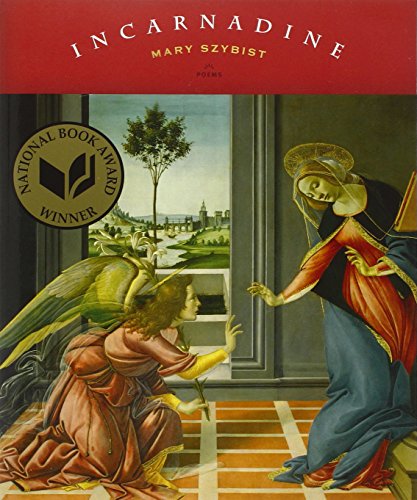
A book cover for Incarnadine: Poems; Mary Szybist; Literature & Fiction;